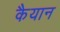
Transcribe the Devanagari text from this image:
कैयान